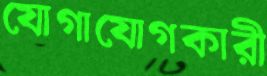
যোগাযোগকারী